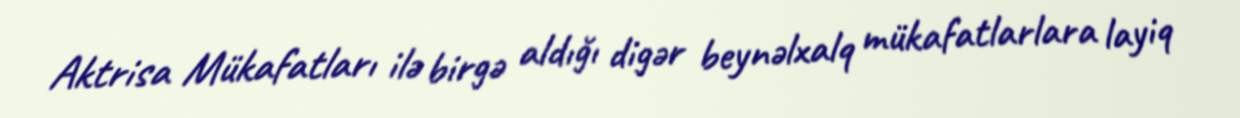
Aktrisa Mükafatları ilə birgə aldığı digər beynəlxalq mükafatlarlara layiq